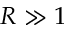
R \gg 1